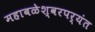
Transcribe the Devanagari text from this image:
महाबळेश्वरपर्यंत